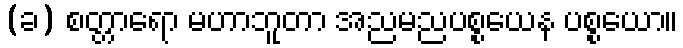
(ခ) စတ္တာရော မဟာဘူတာ အညမညပစ္စယေန ပစ္စယော။